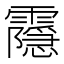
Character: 𬰔